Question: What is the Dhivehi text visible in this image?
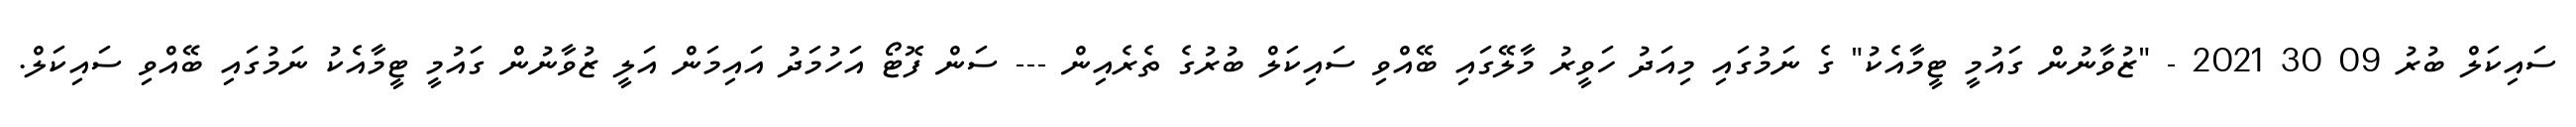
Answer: ސައިކަލް ބުރު 09 30 2021 - "ޒުވާނުން ގައުމީ ޓީމާއެކު" ގެ ނަމުގައި މިއަދު ހަވީރު މާލޭގައި ބޭއްވި ސައިކަލް ބުރުގެ ތެރެއިން --- ސަން ފޮޓޯ އަހުމަދު އައިމަން އަލީ ޒުވާނުން ގައުމީ ޓީމާއެކު ނަމުގައި ބޭއްވި ސައިކަލް.